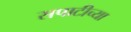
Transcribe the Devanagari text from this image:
सपाटीच्या